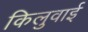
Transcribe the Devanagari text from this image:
किलुवाई